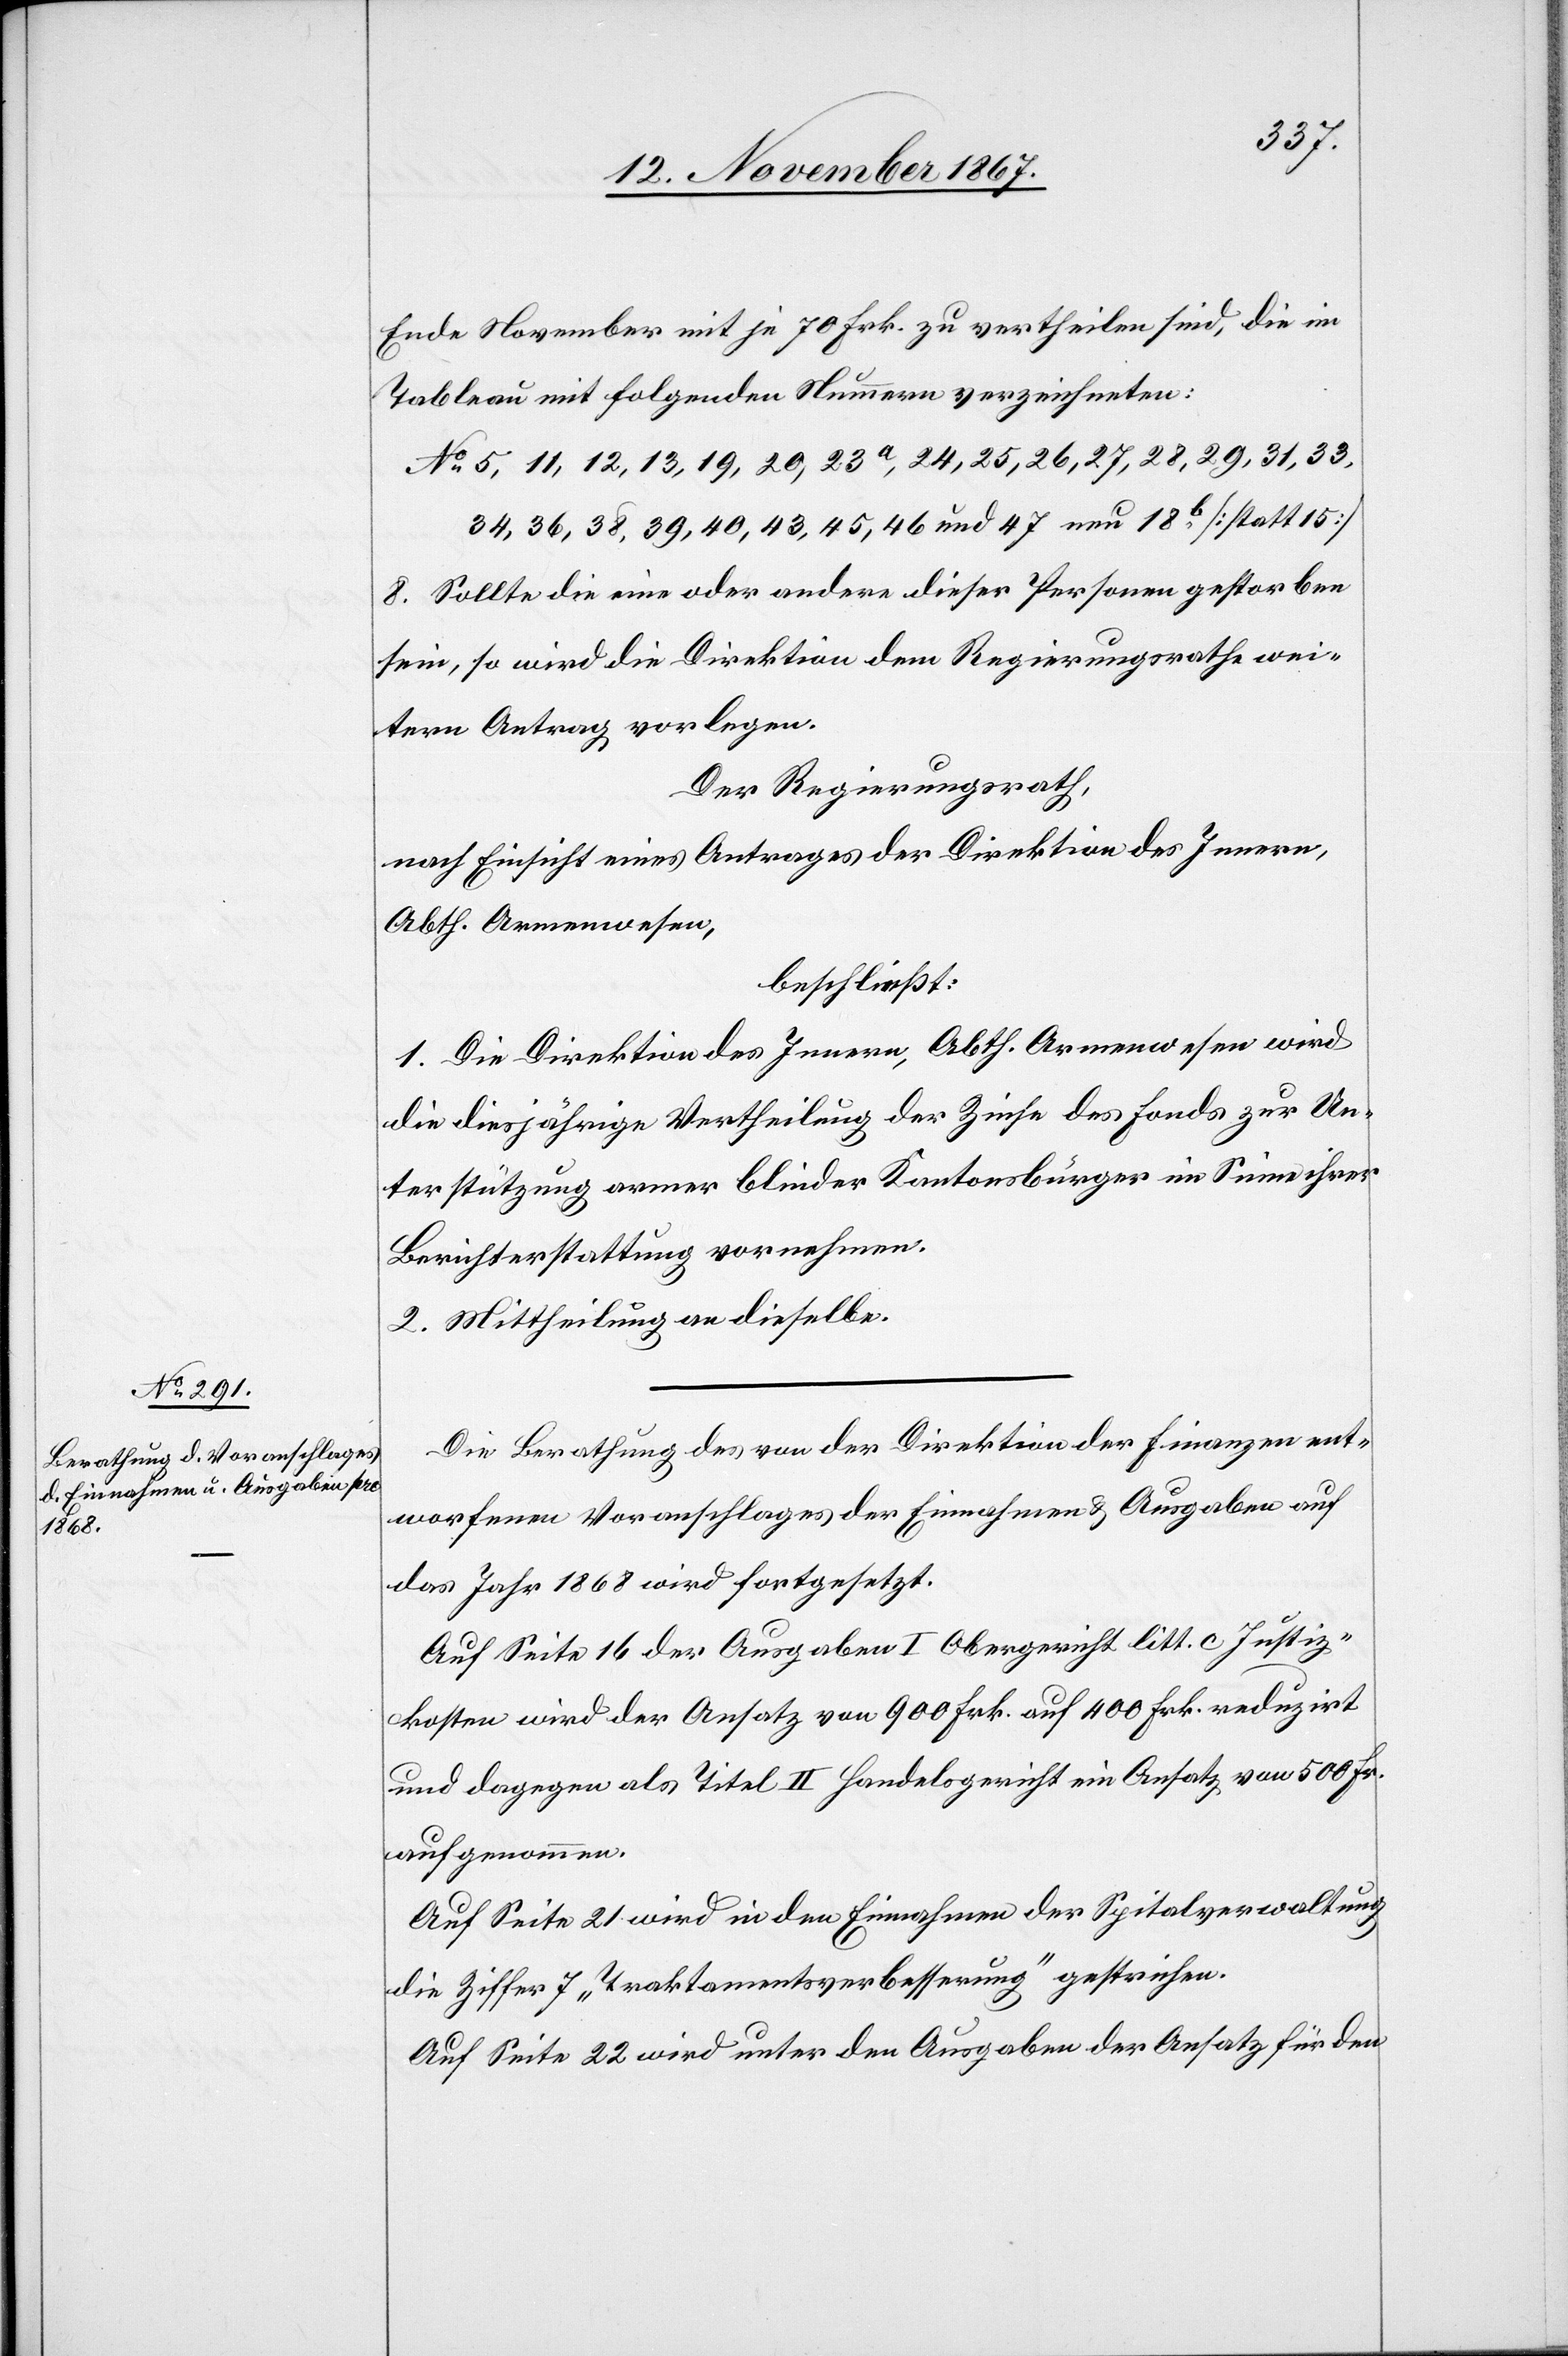
Die Berathung des von der Direktion der Finanzen ent¬
worfenen Voranschlages der Einnahmen u. Ausgaben auf
das Jahr 1868 wird fortgesetzt.
Auf Seite 16 der Ausgaben I Obergericht litt. c Justiz¬
kosten wird der Ansatz von 900 Frk. auf 400 Frk. reduzirt
und dagegen als Titel II Handelsgericht ein Ansatz von 500 Fr.
aufgenommen.
Auf Seite 21 wird in den Einnahmen der Spitalverwaltung
die Ziffer 7 „Traktamentsverbesserung“ gestrichen.
Auf Seite 22 wird unter den Ausgaben der Ansatz für den